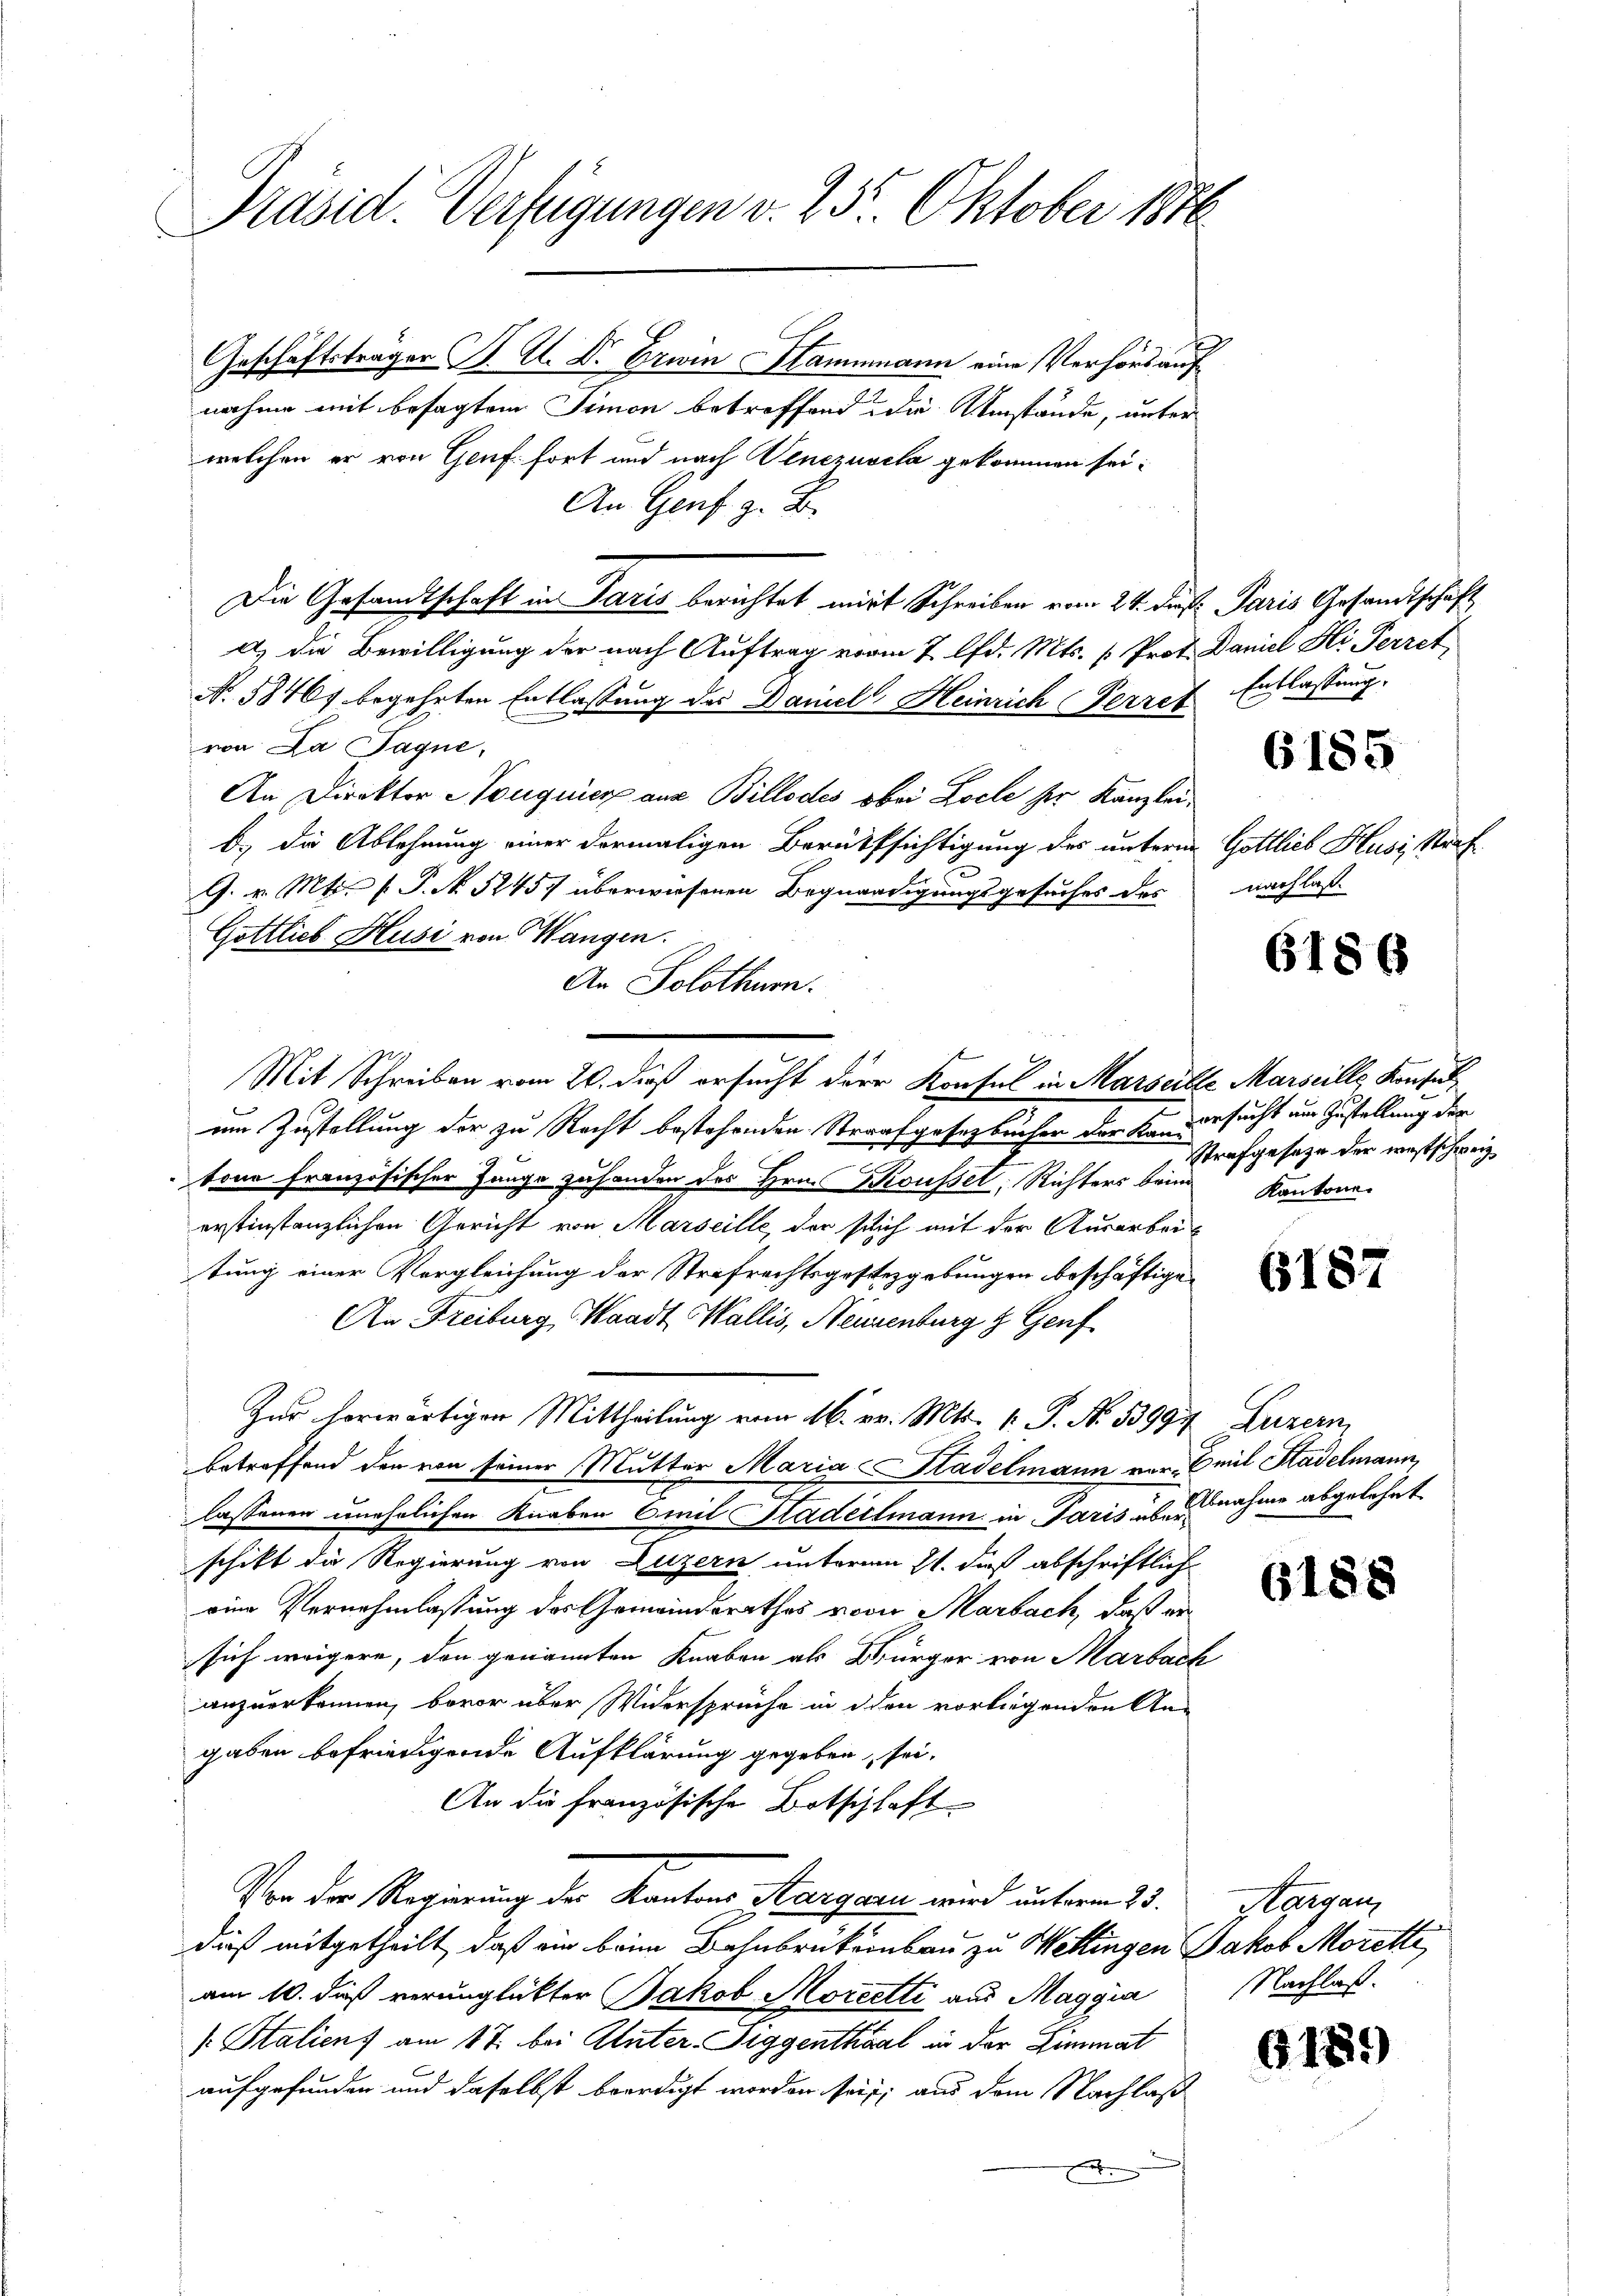
Präsid. Verfügungen v. 25. Oktober 1876

Geschäftsträger B. Al. Dr. Erwin Stammann eine Verhörs auf
nahme mit besagtem Simon betreffend die Umstände, unter
welchen er von Genf fort und nach Venezuvela gekommen sei.
An Genf z. B.
Die Gesandtschaft in Paris berichtet mirt Schreiben vom 24. dieß Paris Gesandtschaft
) die Bewilligung der nach Auftrag vorm 7 lfd. Mts. u Prot. Daniel Hi Perret,
N. 58401 begehrten Entlassung des Damel Heinrich (Perzef Entlassung.
von La Paque,
An Direktor Nouguier aus Billodes ober Loche ser Kanzleib.) Die Ablehnung einer dormaligen Beruffsichtigung des unterm Gottlieb Husi, Straf
G. v. Mts. (T. N. 1457 überwiesenen Begnadigungsgesuches des
Gottlieb Husi von Wangen.
An Solothurn.
ein Zustellung der zu Recht bestehenden Straufgesetzbuchen der kan gesucht aus Zustellung der
tone französischer Zange zuhanden des Hrn. Koussel, Richters bring Kantonen
erstinstanzlichen Gericht von Marseille, der sich mit der Ausarbeitung einer Vergleichung der Strafrechtsgestezgebungen beschäftige.
An Freiburg, Waadt, Wallis, Neuenburg & Genf
Zur herwärtiger Mittheilung vom 16. v. Mts. 1. P. No. 53994, Luzern,
betreffend den von seiner Mutter Maria Stadelmann vor. Emil Stadelmann,
lassenen unehelichen Knaben Emil Stadellmann in Paris übernahme abgelehnt
schikt die Regierung von Luzern unterm 21. dieß abschriftlich
eine Vernehmlassung des Gemeindsrathes vom Marbach, daß er
sich weigere, den genannten Knaben als Bürger von Marbach
anzuerkennen, bevor über Widersprüche in den vorliegenden An-
gaben befriedigende Aufklärung gegeben, sei.
An die französische Botschhaft
Vor der Regierung der Kantons Aargau wird unterm 23. Stargen,
dieß mitgetheilt, daß ein beim Bahnbrükenbau zu Wettingen Jakob Moretti,
am 10. daß verunglickter Jakob Moreetti aus Maggia Nachlaß
v. Staliens am 17. bei Unter. Siggenthal in der Limmat
aufgefunden und daselbst beerdigt worden sei; aus dem Nachlass
E

Mit Schreiben vom 20. dieß ersucht der Konsul in Marseille Marseille Konsul

6185

nachlaß.

6186

Strafgesetze der westschweiz

6187

618

G189